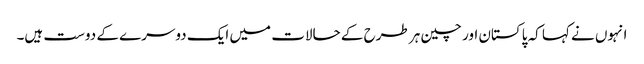
انہوں نے کہا کہ پاکستان اور چین ہر طرح کے حالات میں ایک دوسرے کے دوست ہیں۔